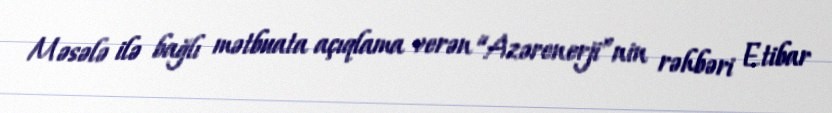
Məsələ ilə bağlı mətbuata açıqlama verən “Azərenerji”nin rəhbəri Etibar